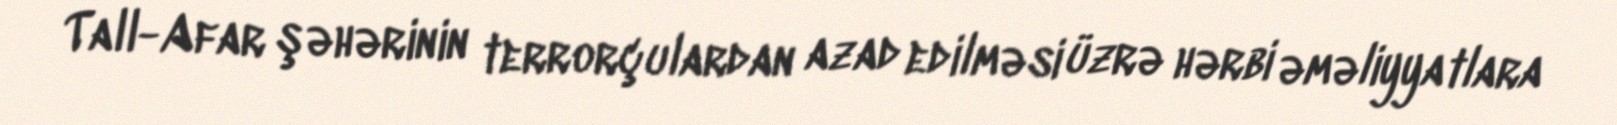
Tall-Afar şəhərinin terrorçulardan azad edilməsi üzrə hərbi əməliyyatlara